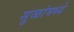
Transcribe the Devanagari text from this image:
सुळांमध्ये